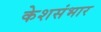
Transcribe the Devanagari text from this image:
केशसंभार